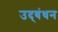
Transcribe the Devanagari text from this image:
उद्‍बंधन